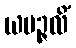
ယမဉ္ဇလိံ